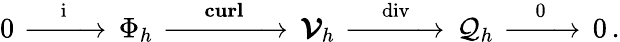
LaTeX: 0\, \xrightarrow[]{\, \, \, \, \, \mathrm{{~i~}}\, \, \, \, \, }\, \Phi_{h}\, \xrightarrow[]{\quad\mathrm{{~\mathbf{{curl}}~}}\quad}\, \boldsymbol{\mathcal{V}}_{h}\, \xrightarrow[]{\, \, \, \, \mathrm{{~\mathrm{~div}~}}\, \, \, \, }\, \mathcal{Q}_{h}\, \xrightarrow[]{\, \, \, \, \, 0\, \, \, \, \, }\, 0\, .